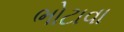
ભોટાવા